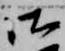
御